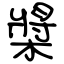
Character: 槳